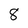
Character: 8